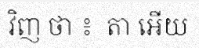
វិញ ថា ៖  តា អើយ